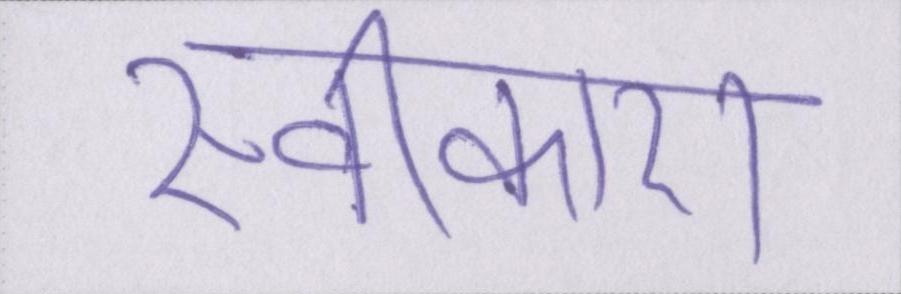
स्वीकारा